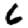
Digit: 6